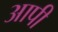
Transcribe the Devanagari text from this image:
आपी